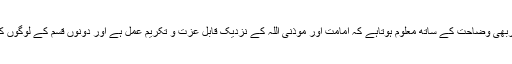
یعنی جواذان دیاکرتاتھا،اس حدیثِ پاک سے تو اوربھی وضاحت کے ساتھ معلوم ہوتاہے کہ امامت اور موذنی اللہ کے نزدیک قابل عزت و تکریم عمل ہے اور دونوں قسم کے لوگوں کے لیے اللہ کی خاص رحمت ومہربانی مقدر ہے۔